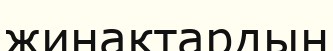
жинақтардың